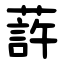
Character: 䔓